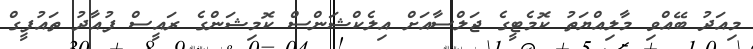
މިއަދު ބޭއްވި މާލިއްޔަތު ކޮމެޓީގެ ޖަލްސާއަށް އިލެކްޝަންސް ކޮމިޝަންގެ ރައީސް ފުއާދު ތައުފީގް